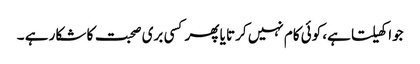
جوا کھیلتا ہے، کوئی کام نہیں کرتا یا پھر کسی بری صحبت کا شکار ہے ۔